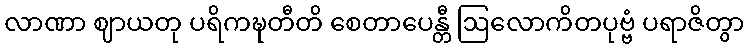
လာဏာ ဈာယတု ပရိကဍ္ဎတီတိ စေတာပေန္တီ ဩလောကိတပုဗ္ဗံ ပရာဇိတွာ